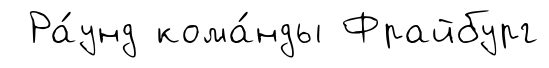
Ра́унд кома́нды Фрайбург